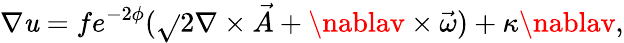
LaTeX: \nabla\mathit{u}=fe^{-2\phi}(\sqrt{}{{2}}\nabla\times\vec{{A}}+\nablav\times\vec{{\omega}})+\kappa\nablav,